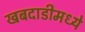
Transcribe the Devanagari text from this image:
खबदाडीमध्ये